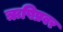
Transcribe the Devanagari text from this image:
ऋषिप्रवर